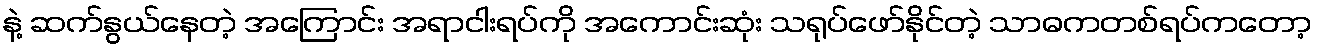
နဲ့ ဆက်နွယ်နေတဲ့ အကြောင်း အရာငါးရပ်ကို အကောင်းဆုံး သရုပ်ဖော်နိုင်တဲ့ သာဓကတစ်ရပ်ကတော့